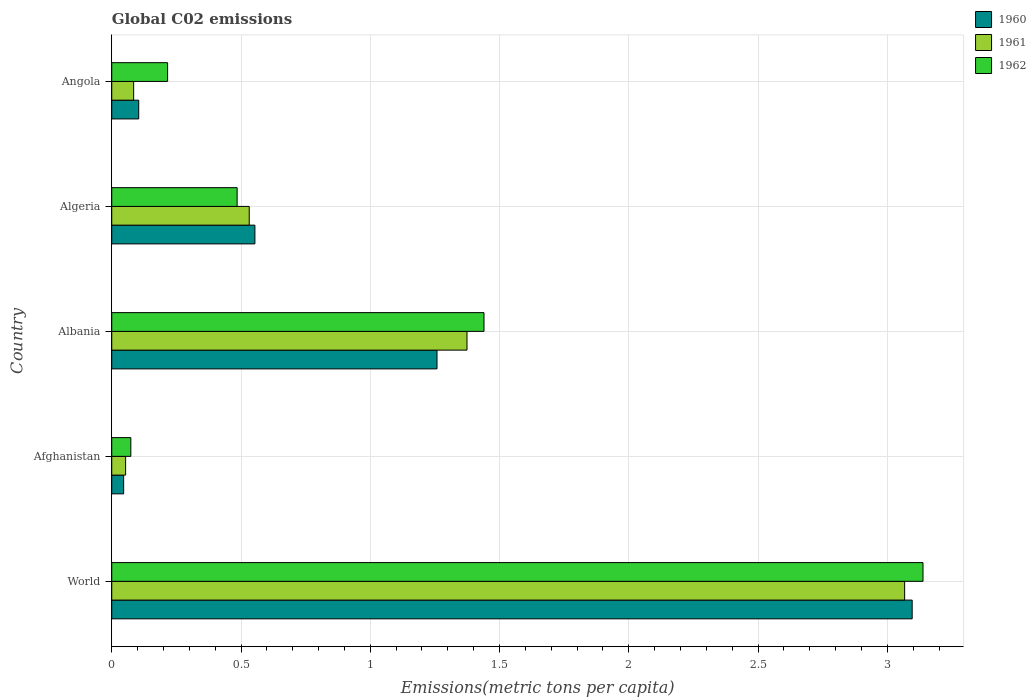
| Country | 1960 | 1961 | 1962 |
 | --- | --- | --- | --- |
 | World | 3.1 | 3.07 | 3.14 |
 | Afghanistan | 0.0461 | 0.0536 | 0.0738 |
 | Albania | 1.26 | 1.37 | 1.44 |
 | Algeria | 0.554 | 0.532 | 0.485 |
 | Angola | 0.104 | 0.0847 | 0.216 |